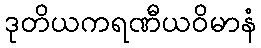
ဒုတိယကရဏီယဝိမာနံ